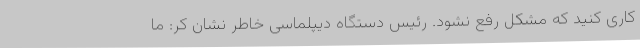
کاری کنید که مشکل رفع نشود. رئیس دستگاه دیپلماسی خاطر نشان کر: ما